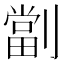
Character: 劏